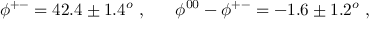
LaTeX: \phi ^ { + - } = 4 2 . 4 \pm 1 . 4 ^ { o } ~ , ~ ~ ~ ~ ~ \phi ^ { 0 0 } - \phi ^ { + - } = - 1 . 6 \pm 1 . 2 ^ { o } ~ ,